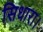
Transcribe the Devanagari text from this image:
सिधारा।